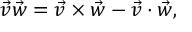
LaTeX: { \vec { v } } { \vec { w } } = { \vec { v } } \times { \vec { w } } - { \vec { v } } \cdot { \vec { w } } ,